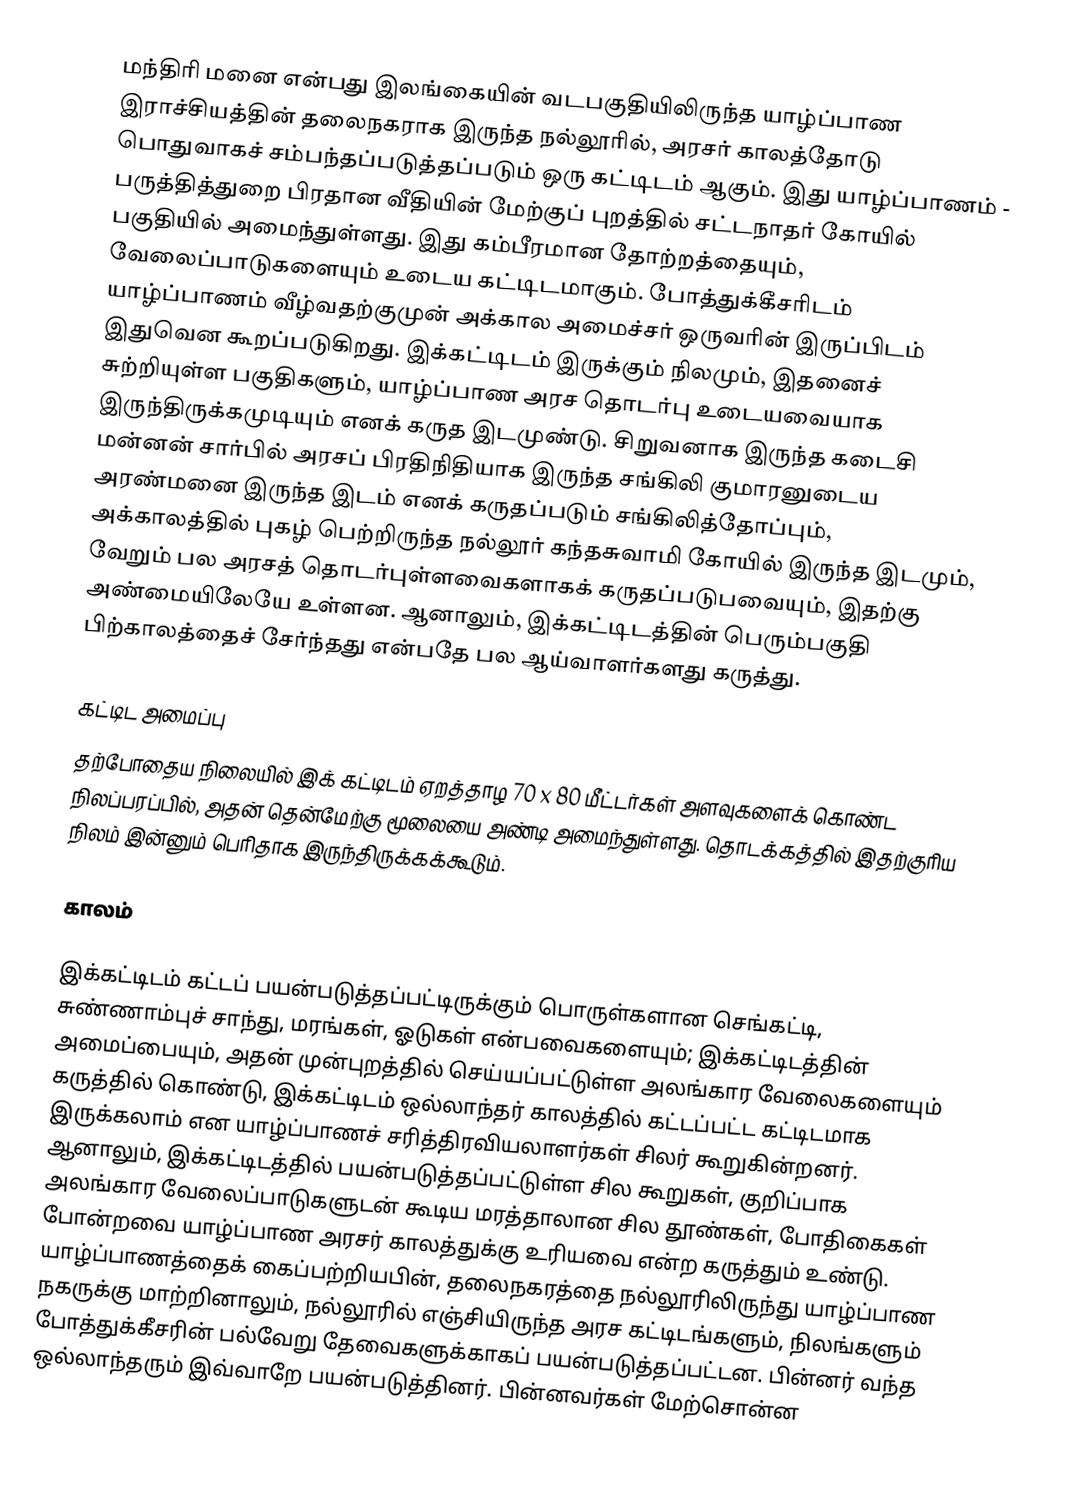
மந்திரி மனை என்பது இலங்கையின் வடபகுதியிலிருந்த யாழ்ப்பாண இராச்சியத்தின் தலைநகராக இருந்த நல்லூரில், அரசர் காலத்தோடு பொதுவாகச் சம்பந்தப்படுத்தப்படும் ஒரு கட்டிடம் ஆகும். இது யாழ்ப்பாணம் - பருத்தித்துறை பிரதான வீதியின் மேற்குப் புறத்தில் சட்டநாதர் கோயில் பகுதியில் அமைந்துள்ளது. இது கம்பீரமான தோற்றத்தையும், வேலைப்பாடுகளையும் உடைய கட்டிடமாகும். போத்துக்கீசரிடம் யாழ்ப்பாணம் வீழ்வதற்குமுன் அக்கால அமைச்சர் ஒருவரின் இருப்பிடம் இதுவென கூறப்படுகிறது. இக்கட்டிடம் இருக்கும் நிலமும், இதனைச் சுற்றியுள்ள பகுதிகளும், யாழ்ப்பாண அரச தொடர்பு உடையவையாக இருந்திருக்கமுடியும் எனக் கருத இடமுண்டு. சிறுவனாக இருந்த கடைசி மன்னன் சார்பில் அரசப் பிரதிநிதியாக இருந்த சங்கிலி குமாரனுடைய அரண்மனை இருந்த இடம் எனக் கருதப்படும் சங்கிலித்தோப்பும், அக்காலத்தில் புகழ் பெற்றிருந்த நல்லூர் கந்தசுவாமி கோயில் இருந்த இடமும், வேறும் பல அரசத் தொடர்புள்ளவைகளாகக் கருதப்படுபவையும், இதற்கு அண்மையிலேயே உள்ளன. ஆனாலும், இக்கட்டிடத்தின் பெரும்பகுதி பிற்காலத்தைச் சேர்ந்தது என்பதே பல ஆய்வாளர்களது கருத்து.

கட்டிட அமைப்பு
தற்போதைய நிலையில் இக் கட்டிடம் ஏறத்தாழ 70 x 80 மீட்டர்கள் அளவுகளைக் கொண்ட நிலப்பரப்பில், அதன் தென்மேற்கு மூலையை அண்டி அமைந்துள்ளது. தொடக்கத்தில் இதற்குரிய நிலம் இன்னும் பெரிதாக இருந்திருக்கக்கூடும்.

காலம்

இக்கட்டிடம் கட்டப் பயன்படுத்தப்பட்டிருக்கும் பொருள்களான செங்கட்டி, சுண்ணாம்புச் சாந்து, மரங்கள், ஓடுகள் என்பவைகளையும்; இக்கட்டிடத்தின் அமைப்பையும், அதன் முன்புறத்தில் செய்யப்பட்டுள்ள அலங்கார வேலைகளையும் கருத்தில் கொண்டு, இக்கட்டிடம் ஒல்லாந்தர் காலத்தில் கட்டப்பட்ட கட்டிடமாக இருக்கலாம் என யாழ்ப்பாணச் சரித்திரவியலாளர்கள் சிலர் கூறுகின்றனர். ஆனாலும், இக்கட்டிடத்தில் பயன்படுத்தப்பட்டுள்ள சில கூறுகள், குறிப்பாக அலங்கார வேலைப்பாடுகளுடன் கூடிய மரத்தாலான சில தூண்கள், போதிகைகள் போன்றவை யாழ்ப்பாண அரசர் காலத்துக்கு உரியவை என்ற கருத்தும் உண்டு. யாழ்ப்பாணத்தைக் கைப்பற்றியபின், தலைநகரத்தை நல்லூரிலிருந்து யாழ்ப்பாண நகருக்கு மாற்றினாலும், நல்லூரில் எஞ்சியிருந்த அரச கட்டிடங்களும், நிலங்களும் போத்துக்கீசரின் பல்வேறு தேவைகளுக்காகப் பயன்படுத்தப்பட்டன. பின்னர் வந்த ஒல்லாந்தரும் இவ்வாறே பயன்படுத்தினர். பின்னவர்கள் மேற்சொன்ன